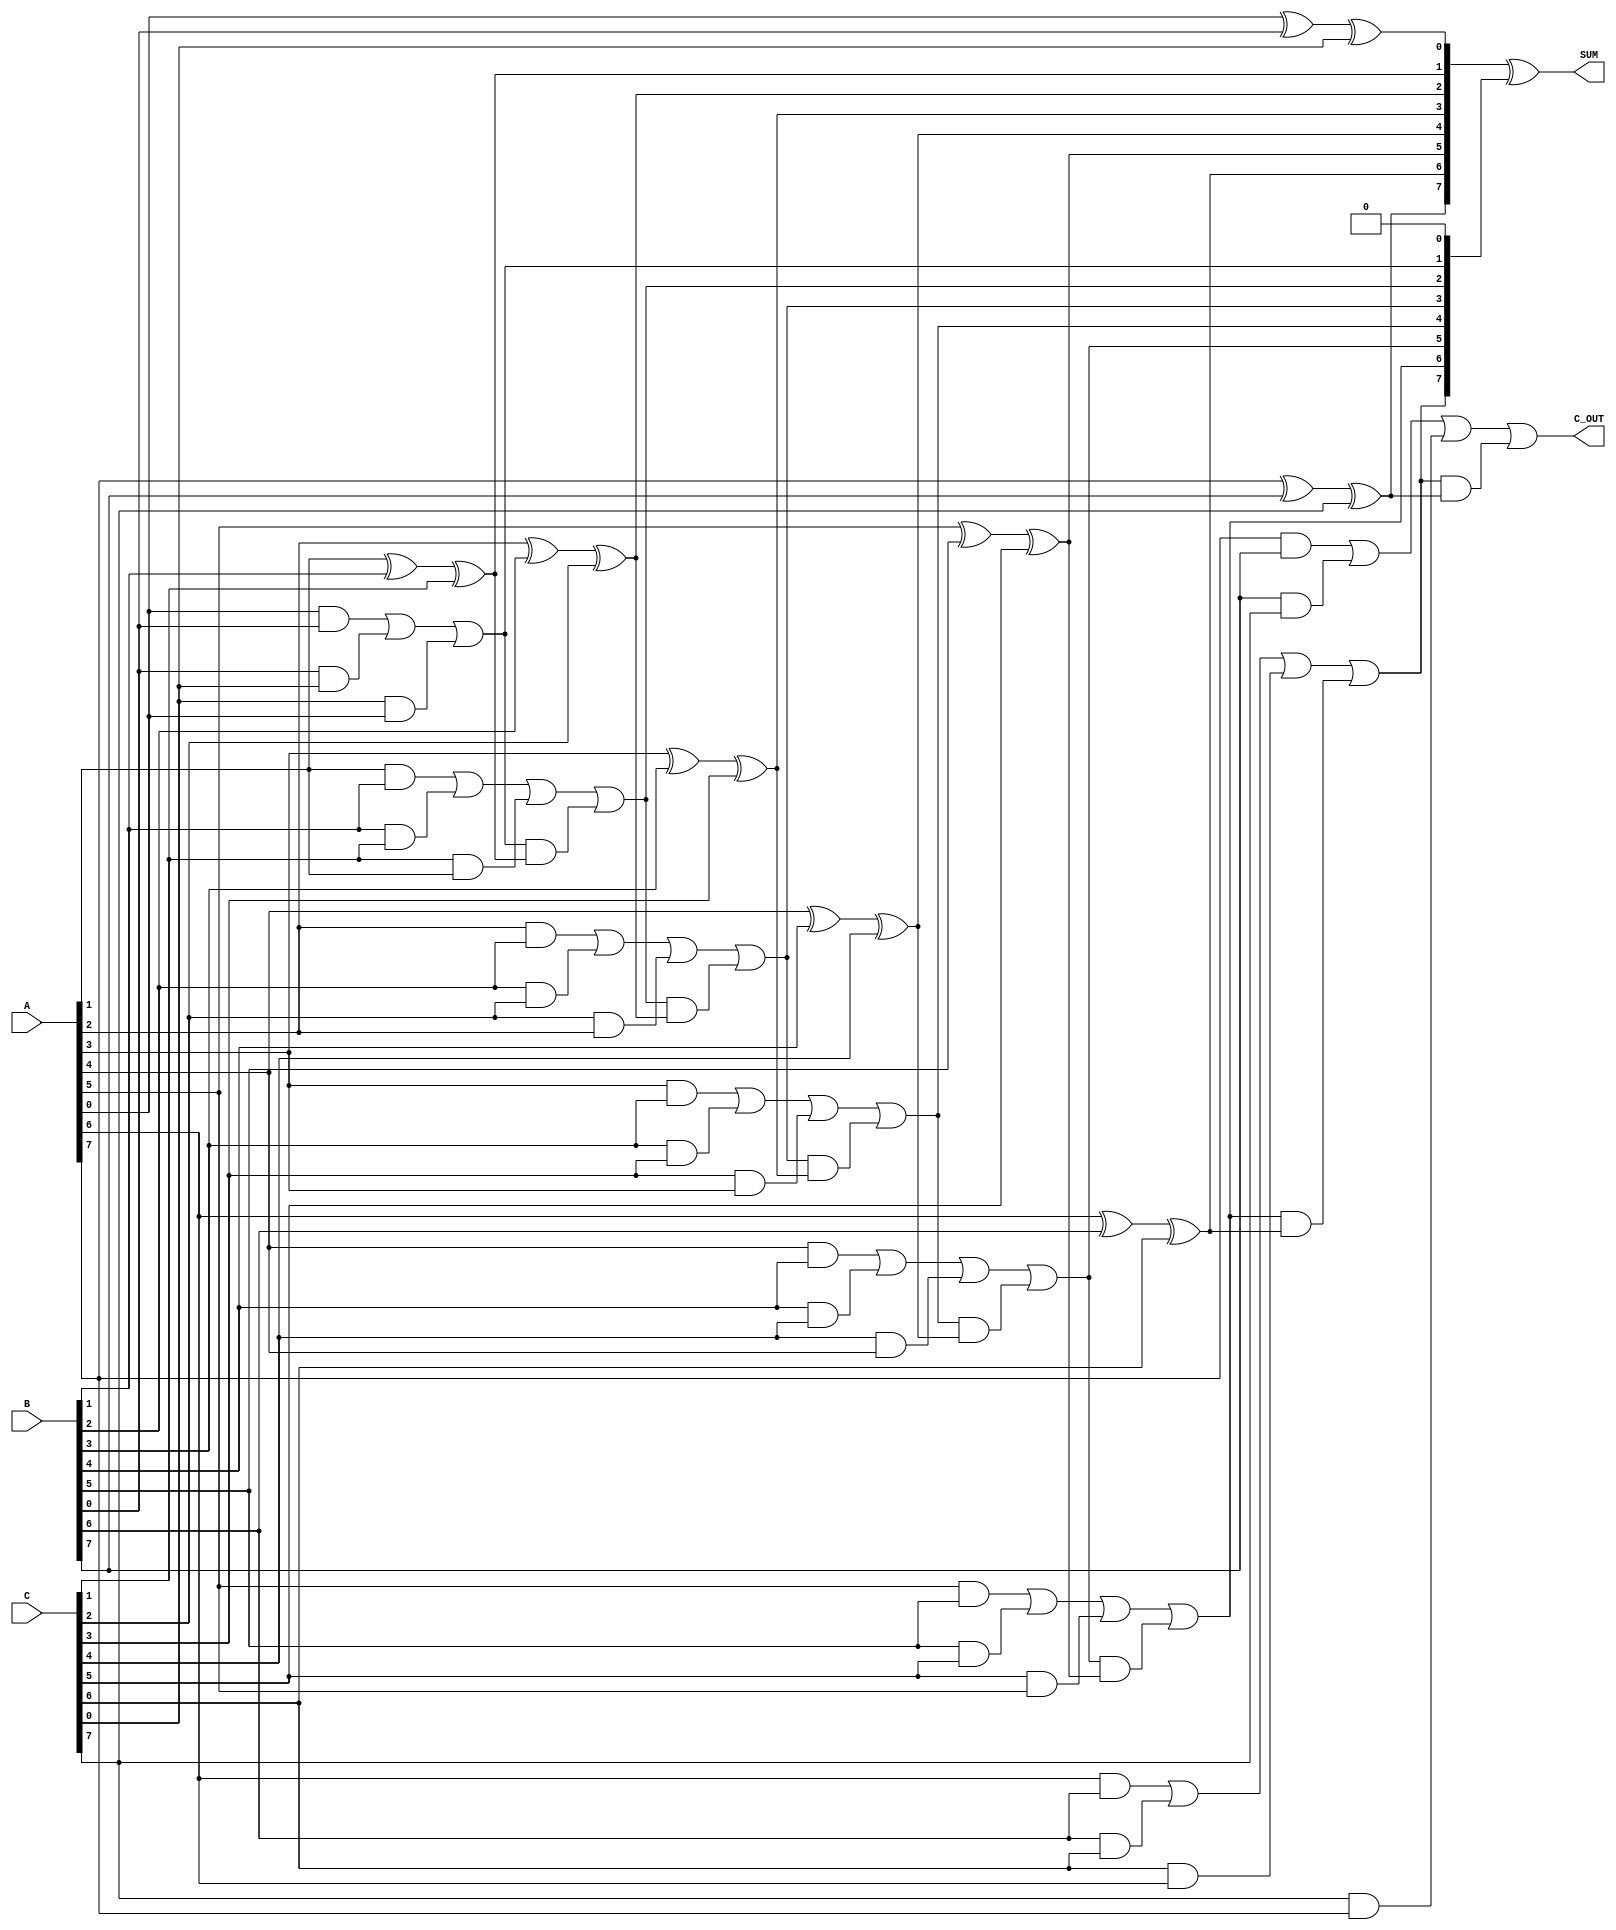
module carry_save_adder (
    input [N-1:0] A,  // First operand
    input [N-1:0] B,  // Second operand
    input [N-1:0] C,  // Third operand
    output [N-1:0] SUM, // Final sum output
    output C_OUT       // Final carry output
);
    parameter N = 8; // Bit-width of the operands

    wire [N-1:0] P; // Partial sums
    wire [N-1:0] G; // Generated carries

    // Generate partial sums and carries
    genvar i;
    generate
        for (i = 0; i < N; i = i + 1) begin : CSA
            assign P[i] = A[i] ^ B[i] ^ C[i]; // Partial sum
            assign G[i] = (A[i] & B[i]) | (B[i] & C[i]) | (C[i] & A[i]); // Carry generation
        end
    endgenerate

    // Carry propagation stage
    wire [N:0] carry; // Carry chain
    assign carry[0] = 1'b0; // Initial carry in is 0

    generate
        for (i = 0; i < N; i = i + 1) begin : Carry_Propagate
            assign carry[i + 1] = G[i] | (carry[i] & P[i]); // Carry propagation logic
        end
    endgenerate

    // Final sum output
    assign SUM = P ^ carry[N-1:0]; // Final sum calculation
    assign C_OUT = carry[N]; // Final carry output

endmodule